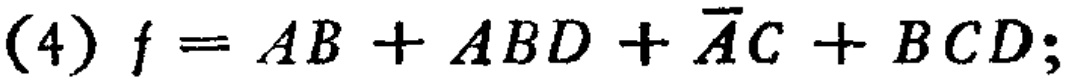
\((4) f = AB + ABD + \overline{A}C + BCD;\)